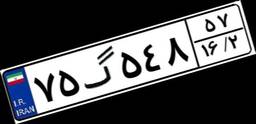
۲۳گ۹۰۶۲۳